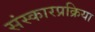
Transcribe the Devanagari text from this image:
संस्कारप्रक्रिया